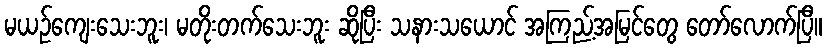
မယဉ်ကျေးသေးဘူး၊ မတိုးတက်သေးဘူး ဆိုပြီး သနားသယောင် အကြည့်အမြင်တွေ တော်လောက်ပြီ။